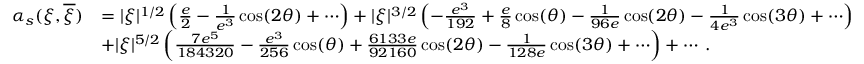
\begin{array} { r l } { \alpha _ { s } ( \xi , \overline { { \xi } } ) } & { = | \xi | ^ { 1 / 2 } \left( { \frac { e } { 2 } } - { \frac { 1 } { e ^ { 3 } } } \cos ( 2 \theta ) + \cdots \right) + | \xi | ^ { 3 / 2 } \left( - { \frac { e ^ { 3 } } { 1 9 2 } } + { \frac { e } { 8 } } \cos ( \theta ) - { \frac { 1 } { 9 6 e } } \cos ( 2 \theta ) - { \frac { 1 } { 4 e ^ { 3 } } } \cos ( 3 \theta ) + \cdots \right) } \\ & { + | \xi | ^ { 5 / 2 } \left( { \frac { 7 e ^ { 5 } } { 1 8 4 3 2 0 } } - { \frac { e ^ { 3 } } { 2 5 6 } } \cos ( \theta ) + { \frac { 6 1 3 3 e } { 9 2 1 6 0 } } \cos ( 2 \theta ) - { \frac { 1 } { 1 2 8 e } } \cos ( 3 \theta ) + \cdots \right) + \cdots \, . } \end{array}